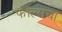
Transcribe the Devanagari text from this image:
फॉल्सचा